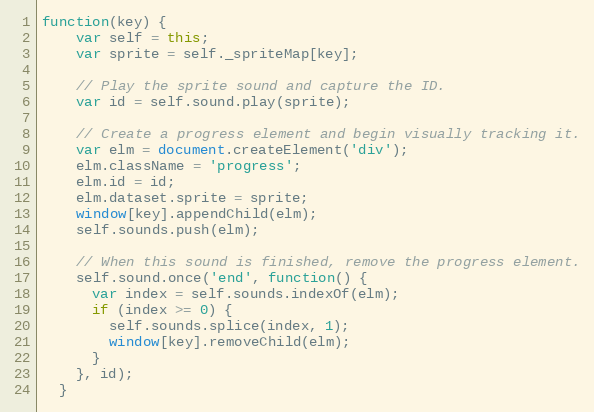
Language: JavaScript
function(key) {
    var self = this;
    var sprite = self._spriteMap[key];

    // Play the sprite sound and capture the ID.
    var id = self.sound.play(sprite);

    // Create a progress element and begin visually tracking it.
    var elm = document.createElement('div');
    elm.className = 'progress';
    elm.id = id;
    elm.dataset.sprite = sprite;
    window[key].appendChild(elm);
    self.sounds.push(elm);

    // When this sound is finished, remove the progress element.
    self.sound.once('end', function() {
      var index = self.sounds.indexOf(elm);
      if (index >= 0) {
        self.sounds.splice(index, 1);
        window[key].removeChild(elm);
      }
    }, id);
  }